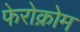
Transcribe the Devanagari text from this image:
फेरोक्रोम